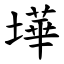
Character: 墷